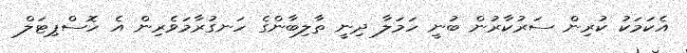
އެކަމަކު ކުރިން ސަރުކާރުން ބުނީ ހަމަލާ ދިނީ ތާލިބާންގެ ހަނގުރާމަވެރިން އެ ހޮސްޕިޓަލް